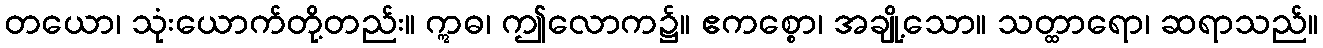
တယော၊ သုံးယောက်တို့တည်း။ ဣဓ၊ ဤလောက၌။ ဧကစ္စော၊ အချို့သော။ သတ္ထာရော၊ ဆရာသည်။